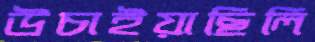
উচাইয়াছিলি